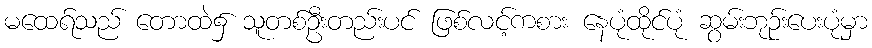
မထေရ်သည် တောထဲ၌ သူတစ်ဦးတည်းပင် ဖြစ်လင့်ကစား နေပုံထိုင်ပုံ ဆွမ်းဘုဉ်းပေးပုံမှာ